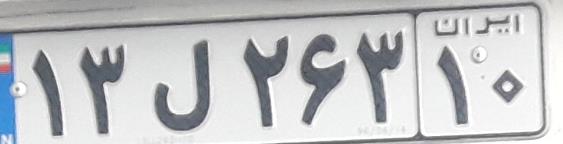
۱۳ل۲۶۳۱۰